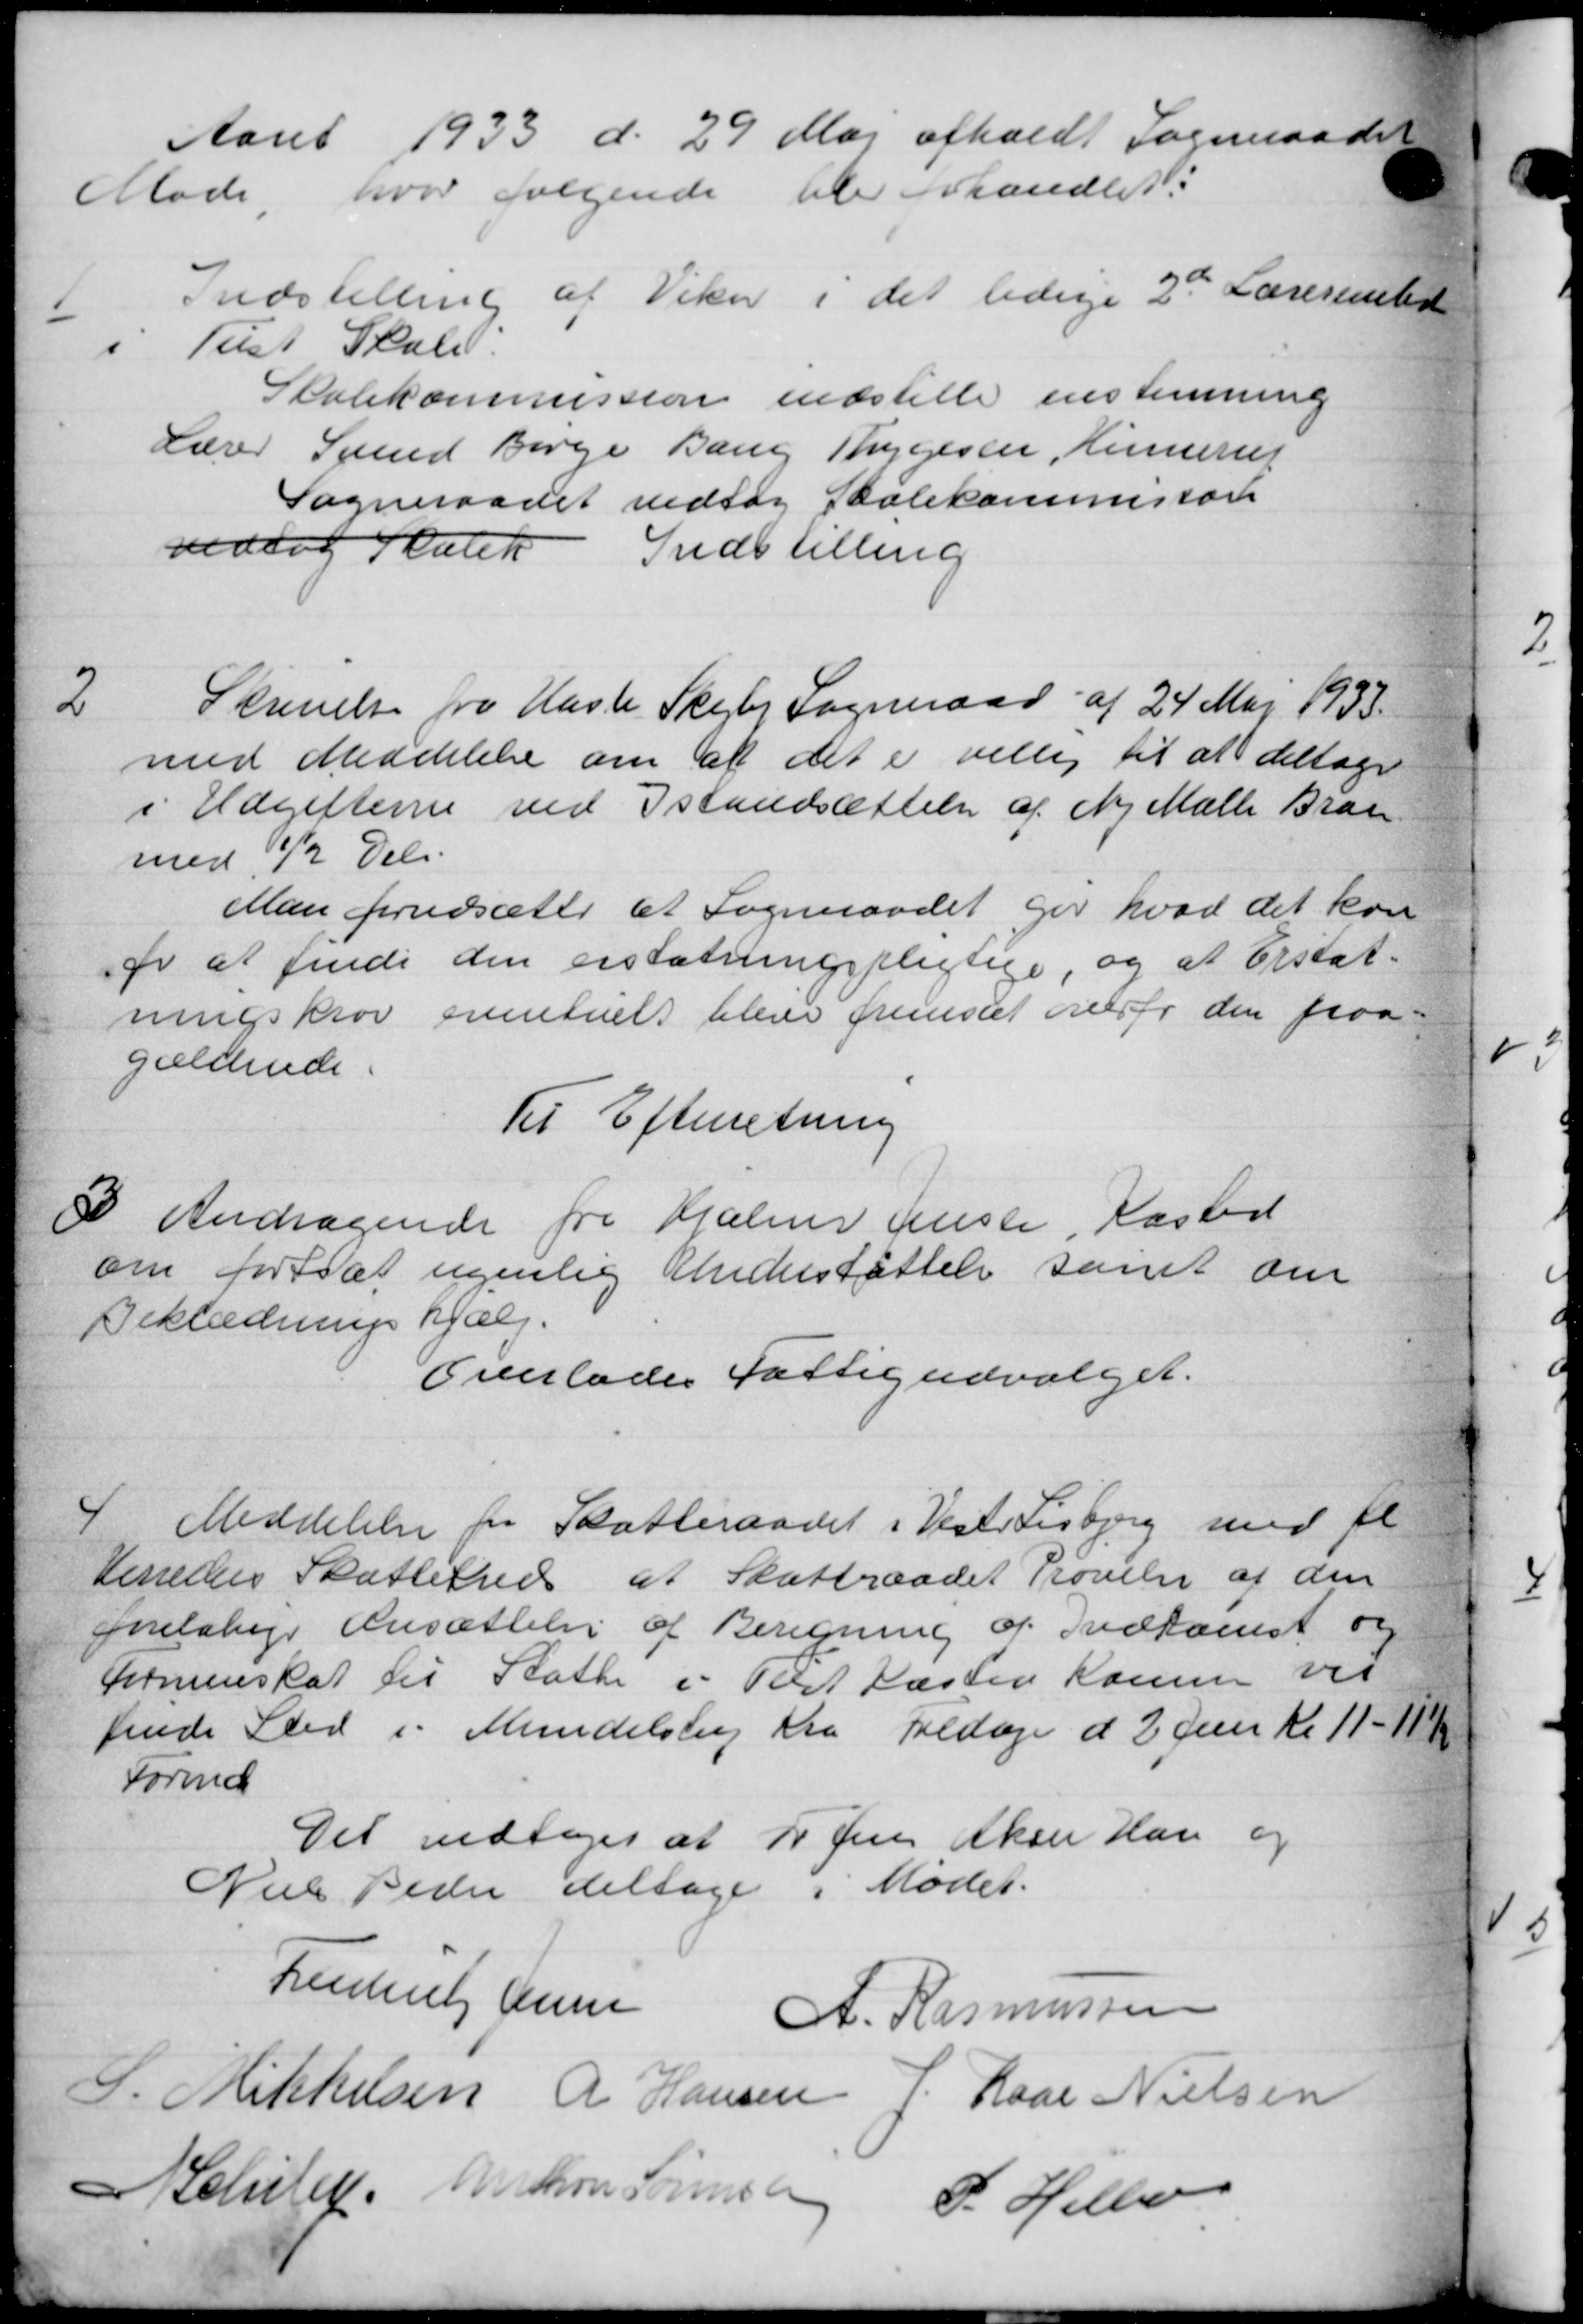
Transskription:
Aaret 1933 d. 29 Maj afholdt Sogneraadet
Møde, hvor følgende blev forhandlet.
1
Indstilling af Viker i det ledige 2de Lærerenstere
i Tist Skole.
Skolekommission indstille enstemning
Lærer Svend Børge Bang Thygesee, Hinnerup
Sogneraadet vedtog Skolekommision
vedtog Skolet Indstilling
2
Skrivelse fra Hasle Skejby Sogneraad af 24 Maj 1933.
med Meddelelse om at det er villig til at deltage
i Udgifterne ved Istandsættelse af Ny Mølle Bran
med ½ Del.
Man forudsætte et Sogneraadet for hvad det kon
por at finde den erstatningspligtige, og at Erstat-
ningskrov eventuelt bleve fremsat overfor den paa-
gældende.
Til Efterretning
3
Andragende fra Hjælper Jensee, Kasted
om fortsat ugenlig Understøttelse samt om
Beklædnings hjælp.
Overlades Fattigudvalget.
4
Meddelelse fra Skatteraadet i Vejer Lisbjerg med fl.
Herredes Skattefred at Skatteraadet Prøvelse af den
foreløbige Ansættelse af Beregning af Indkomst og
Formenskat til Skatte i Tilst Haslev Komm ved
fende Sted i Mundelsing fra Fredage d 2. Juni Kl 11 - 11
Forma
Det vedtoges at P Jens Aksel Han og
Niels Peder deltage i Mødet.
Frederik Hem A. Rasmussen
S. Mikkelsen R Hansen J. Rase Nielsen
A Schsten Kristian Sørensen P. Helbo